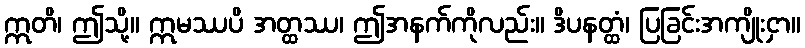
ဣတိ၊ ဤသို့။ ဣမဿပိ အတ္ထဿ၊ ဤအနက်ကိုလည်း။ ဒိပနတ္ထံ၊ ပြခြင်းအကျိုးငှာ။